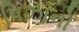
પિઝાનો